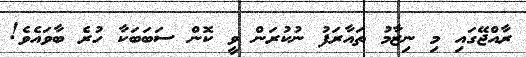
ރާއްޖޭގައި މި ނިޒާމު ތައާރަފު ނުކުރަން ވީ ކޮން ސަބަބަކާ ހުރެ ބާވައެވެ!